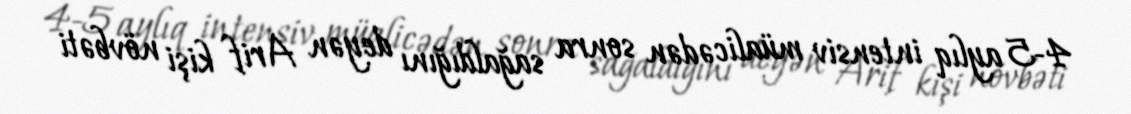
4-5 aylıq intensiv müalicədən sonra sağaldığını deyən Arif kişi növbəti